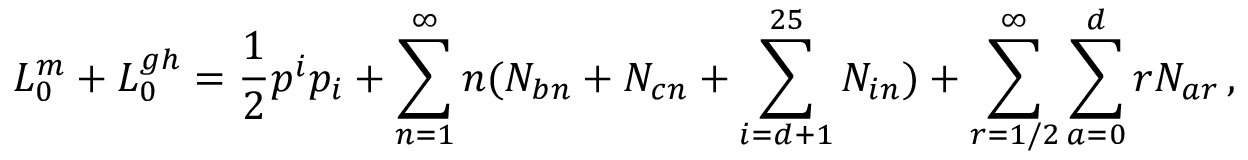
L _ { 0 } ^ { m } + L _ { 0 } ^ { g h } = \frac { 1 } { 2 } p ^ { i } p _ { i } + \sum _ { n = 1 } ^ { \infty } n ( N _ { b n } + N _ { c n } + \sum _ { i = d + 1 } ^ { 2 5 } N _ { i n } ) + \sum _ { r = 1 / 2 } ^ { \infty } \sum _ { a = 0 } ^ { d } r N _ { a r } \, ,